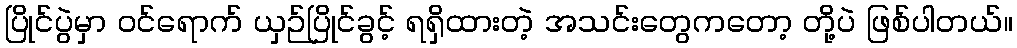
ပြိုင်ပွဲမှာ ဝင်ရောက် ယှဉ်ပြိုင်ခွင့် ရရှိထားတဲ့ အသင်းတွေကတော့ တို့ပဲ ဖြစ်ပါတယ်။